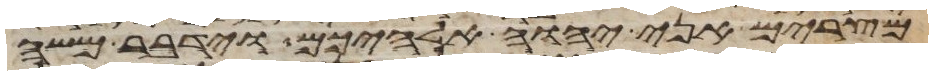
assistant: מצרים אני יהוה אלהיכם וידבר משה